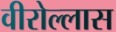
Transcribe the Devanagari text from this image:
वीरोल्लास